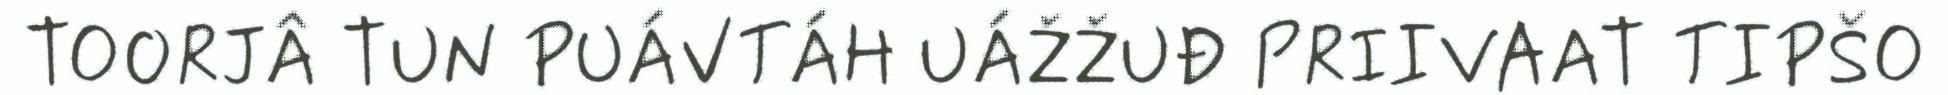
TOORJÂ TUN PUÁVTÁH UÁŽŽUĐ PRIIVAAT TIPŠO